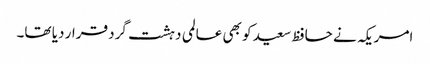
امریکہ نے حافظ سعید کو بھی عالمی دہشت گرد قرار دیا تھا۔